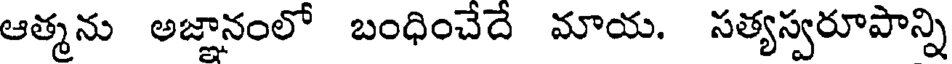
ఆత్మను అజ్ఞానంలో బంధించేదే మాయ. సత్యస్వరూపాన్ని